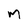
Character: m